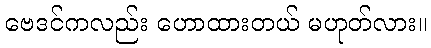
ဗေဒင်ကလည်း ဟောထားတယ် မဟုတ်လား။